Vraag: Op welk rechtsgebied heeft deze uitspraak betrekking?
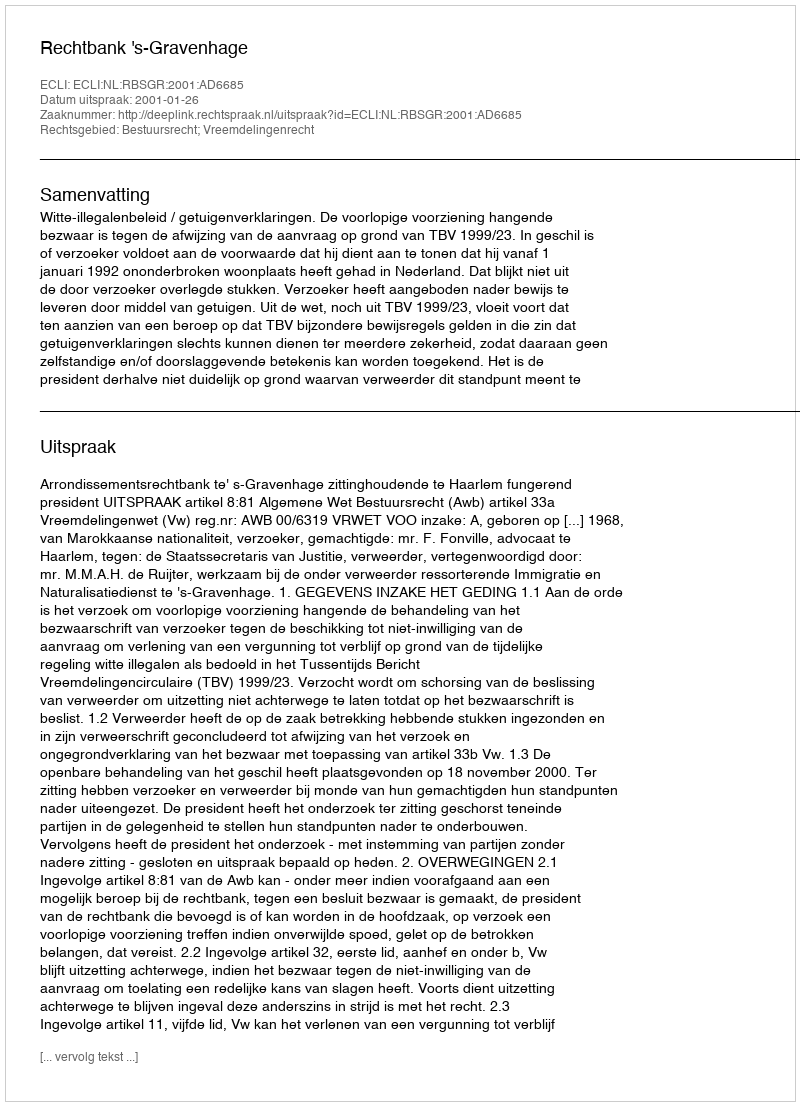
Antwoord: Bestuursrecht; Vreemdelingenrecht